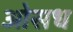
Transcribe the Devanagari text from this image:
ओसध